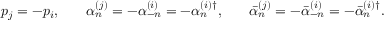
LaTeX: \begin{array} { c c c c c } { { p _ { j } = - p _ { i } , } } & { { } } & { { \alpha _ { n } ^ { ( j ) } = - \alpha _ { - n } ^ { ( i ) } = - \alpha _ { n } ^ { ( i ) \dagger } , } } & { { } } & { { \bar { \alpha } _ { n } ^ { ( j ) } = - \bar { \alpha } _ { - n } ^ { ( i ) } = - \bar { \alpha } _ { n } ^ { ( i ) \dagger } . } } \end{array}